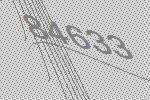
84633